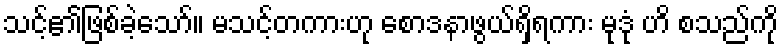
သင့်၏ဖြစ်ခဲ့သော်။ မသင့်တကားဟု စောဒနာဖွယ်ရှိရကား မုဒုံ ဟိ စသည်ကို